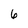
Character: 6